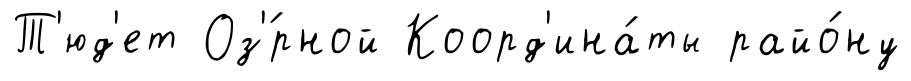
Т'юд'ет Оз'́рной Коорд'ина́ты райо́ну